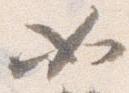
如